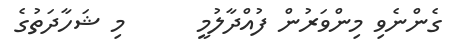
ގެންނެވި މިންވަރުން ފުއްދާލުމީ      މި ޝަހާދަތުގެ